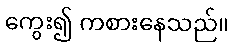
ကွေး၍ ကစားနေသည်။